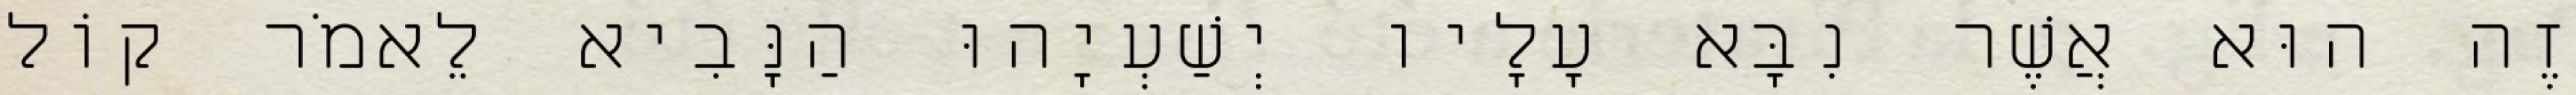
זֶה הוּא אֲשֶׁר נִבָּא עָלָיו יְשַׁעְיָהוּ הַנָּבִיא לֵאמֹר קוֹל